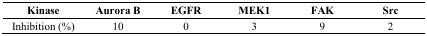
<table><thead><tr><td><b>Kinase</b></td><td><b>Aurora B</b></td><td><b>EGFR</b></td><td><b>MEK1</b></td><td><b>FAK</b></td><td><b>Src</b></td></tr></thead><tbody><tr><td>Inhibition (%)</td><td>10</td><td>0</td><td>3</td><td>9</td><td>2</td></tr></tbody></table>